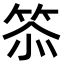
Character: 𮅌